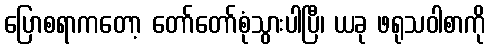
ပြောစရာကတော့ တော်တော်စုံသွားပါပြီ၊ ယခု ဖရုသဝါစာကို